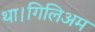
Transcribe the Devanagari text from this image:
था।गिलिअम